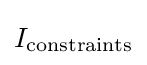
I_{\mathrm {constraints} }